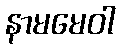
နာမမေဝါ